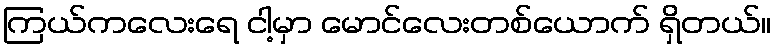
ကြယ်ကလေးရေ ငါ့မှာ မောင်လေးတစ်ယောက် ရှိတယ်။